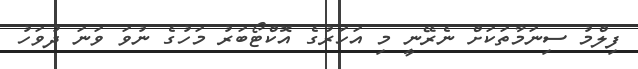
ފިލްމު ސިނަމާތަކަށް ނެރޭނީ މި އަހަރުގެ އޮކްޓޯބަރު މަހުގެ ނުވަ ވަނަ ދުވަހު